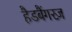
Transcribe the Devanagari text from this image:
हैडबैंगरज़